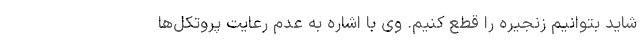
شاید بتوانیم زنجیره را قطع کنیم. وی با اشاره به عدم رعایت پروتکل‌ها